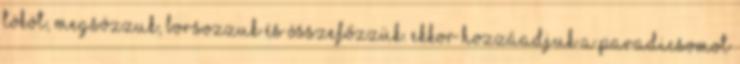
tököt, megsózzuk, borsozzuk és összefőzzük. Ekkor hozzáadjuk a paradicsomot